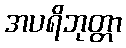
အပရိဘုတ္တာ